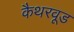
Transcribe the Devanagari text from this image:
कैथरवूड